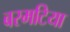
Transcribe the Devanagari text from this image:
बरमटिया